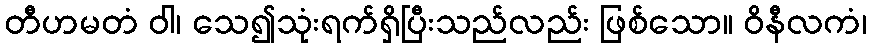
တီဟမတံ ဝါ၊ သေ၍သုံးရက်ရှိပြီးသည်လည်း ဖြစ်သော။ ဝိနီလကံ၊